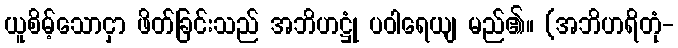
ယူစိမ့်သောငှာ ဖိတ်ခြင်းသည် အဘိဟဋ္ဌုံ ပဝါရေယျ မည်၏။ (အဘိဟရိတုံ-